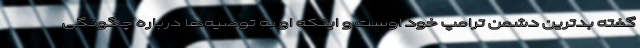
گفته بدترین دشمن ترامپ خود اوست و اینکه او به توصیه‌ها درباره چگونگی